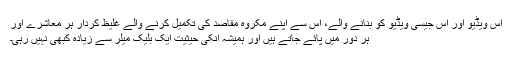
اس ویڈیو اور اس جیسی ویڈیو کو بنانے والے، اس سے اپنے مکروہ مقاصد کی تکمیل کرنے والے غلیظ کردار ہر معاشرے اور
ہر دور میں پائے جاتے ہیں اور ہمیشہ انکی حیثیت ایک بلیک میلر سے زیادہ کبھی نہیں رہی۔